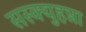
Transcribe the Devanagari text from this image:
सस्क्युहन्ना